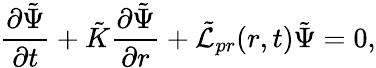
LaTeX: \frac{\partial\tilde{\Psi}}{\partial t}+\tilde{K}\frac{\partial\tilde{\Psi}}{\partial r}+\tilde{\mathcal{L}}_{pr}(r,t)\tilde{\Psi}=0,